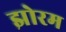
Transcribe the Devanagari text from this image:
झोरम